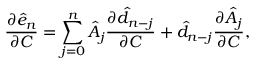
\frac { \partial \hat { e } _ { n } } { \partial C } = \sum _ { j = 0 } ^ { n } \hat { A } _ { j } \frac { \partial \hat { d } _ { n - j } } { \partial C } + \hat { d } _ { n - j } \frac { \partial \hat { A } _ { j } } { \partial C } ,